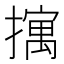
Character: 𫾆